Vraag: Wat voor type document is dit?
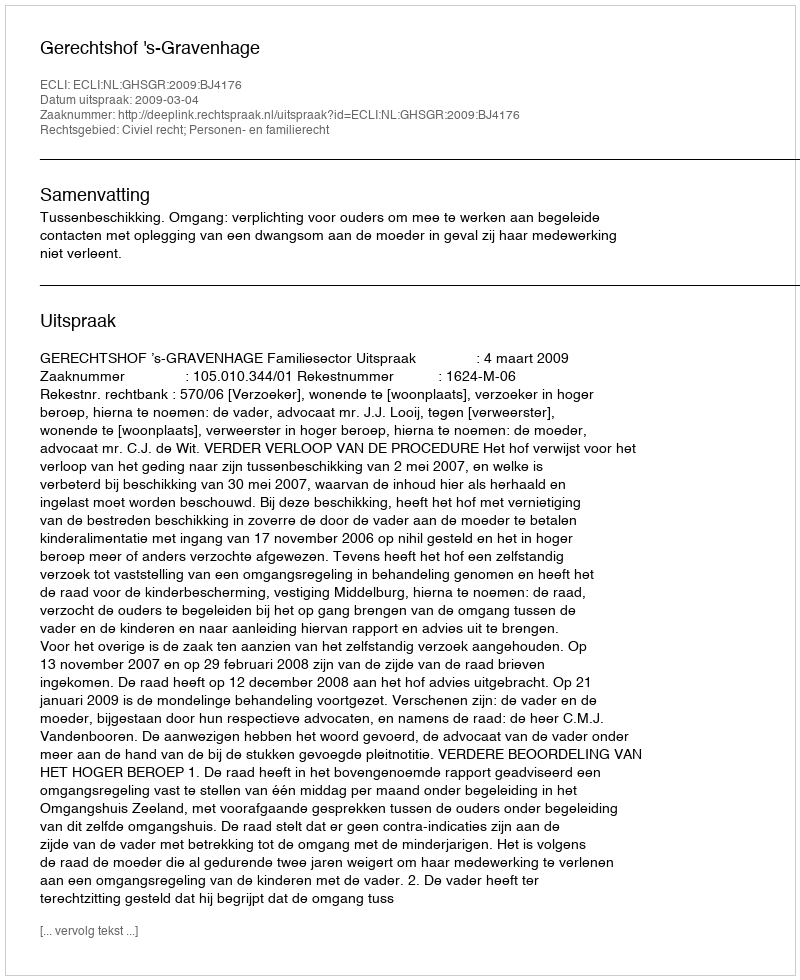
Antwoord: Uitspraak